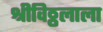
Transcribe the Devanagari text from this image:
श्रीविठ्ठलाला